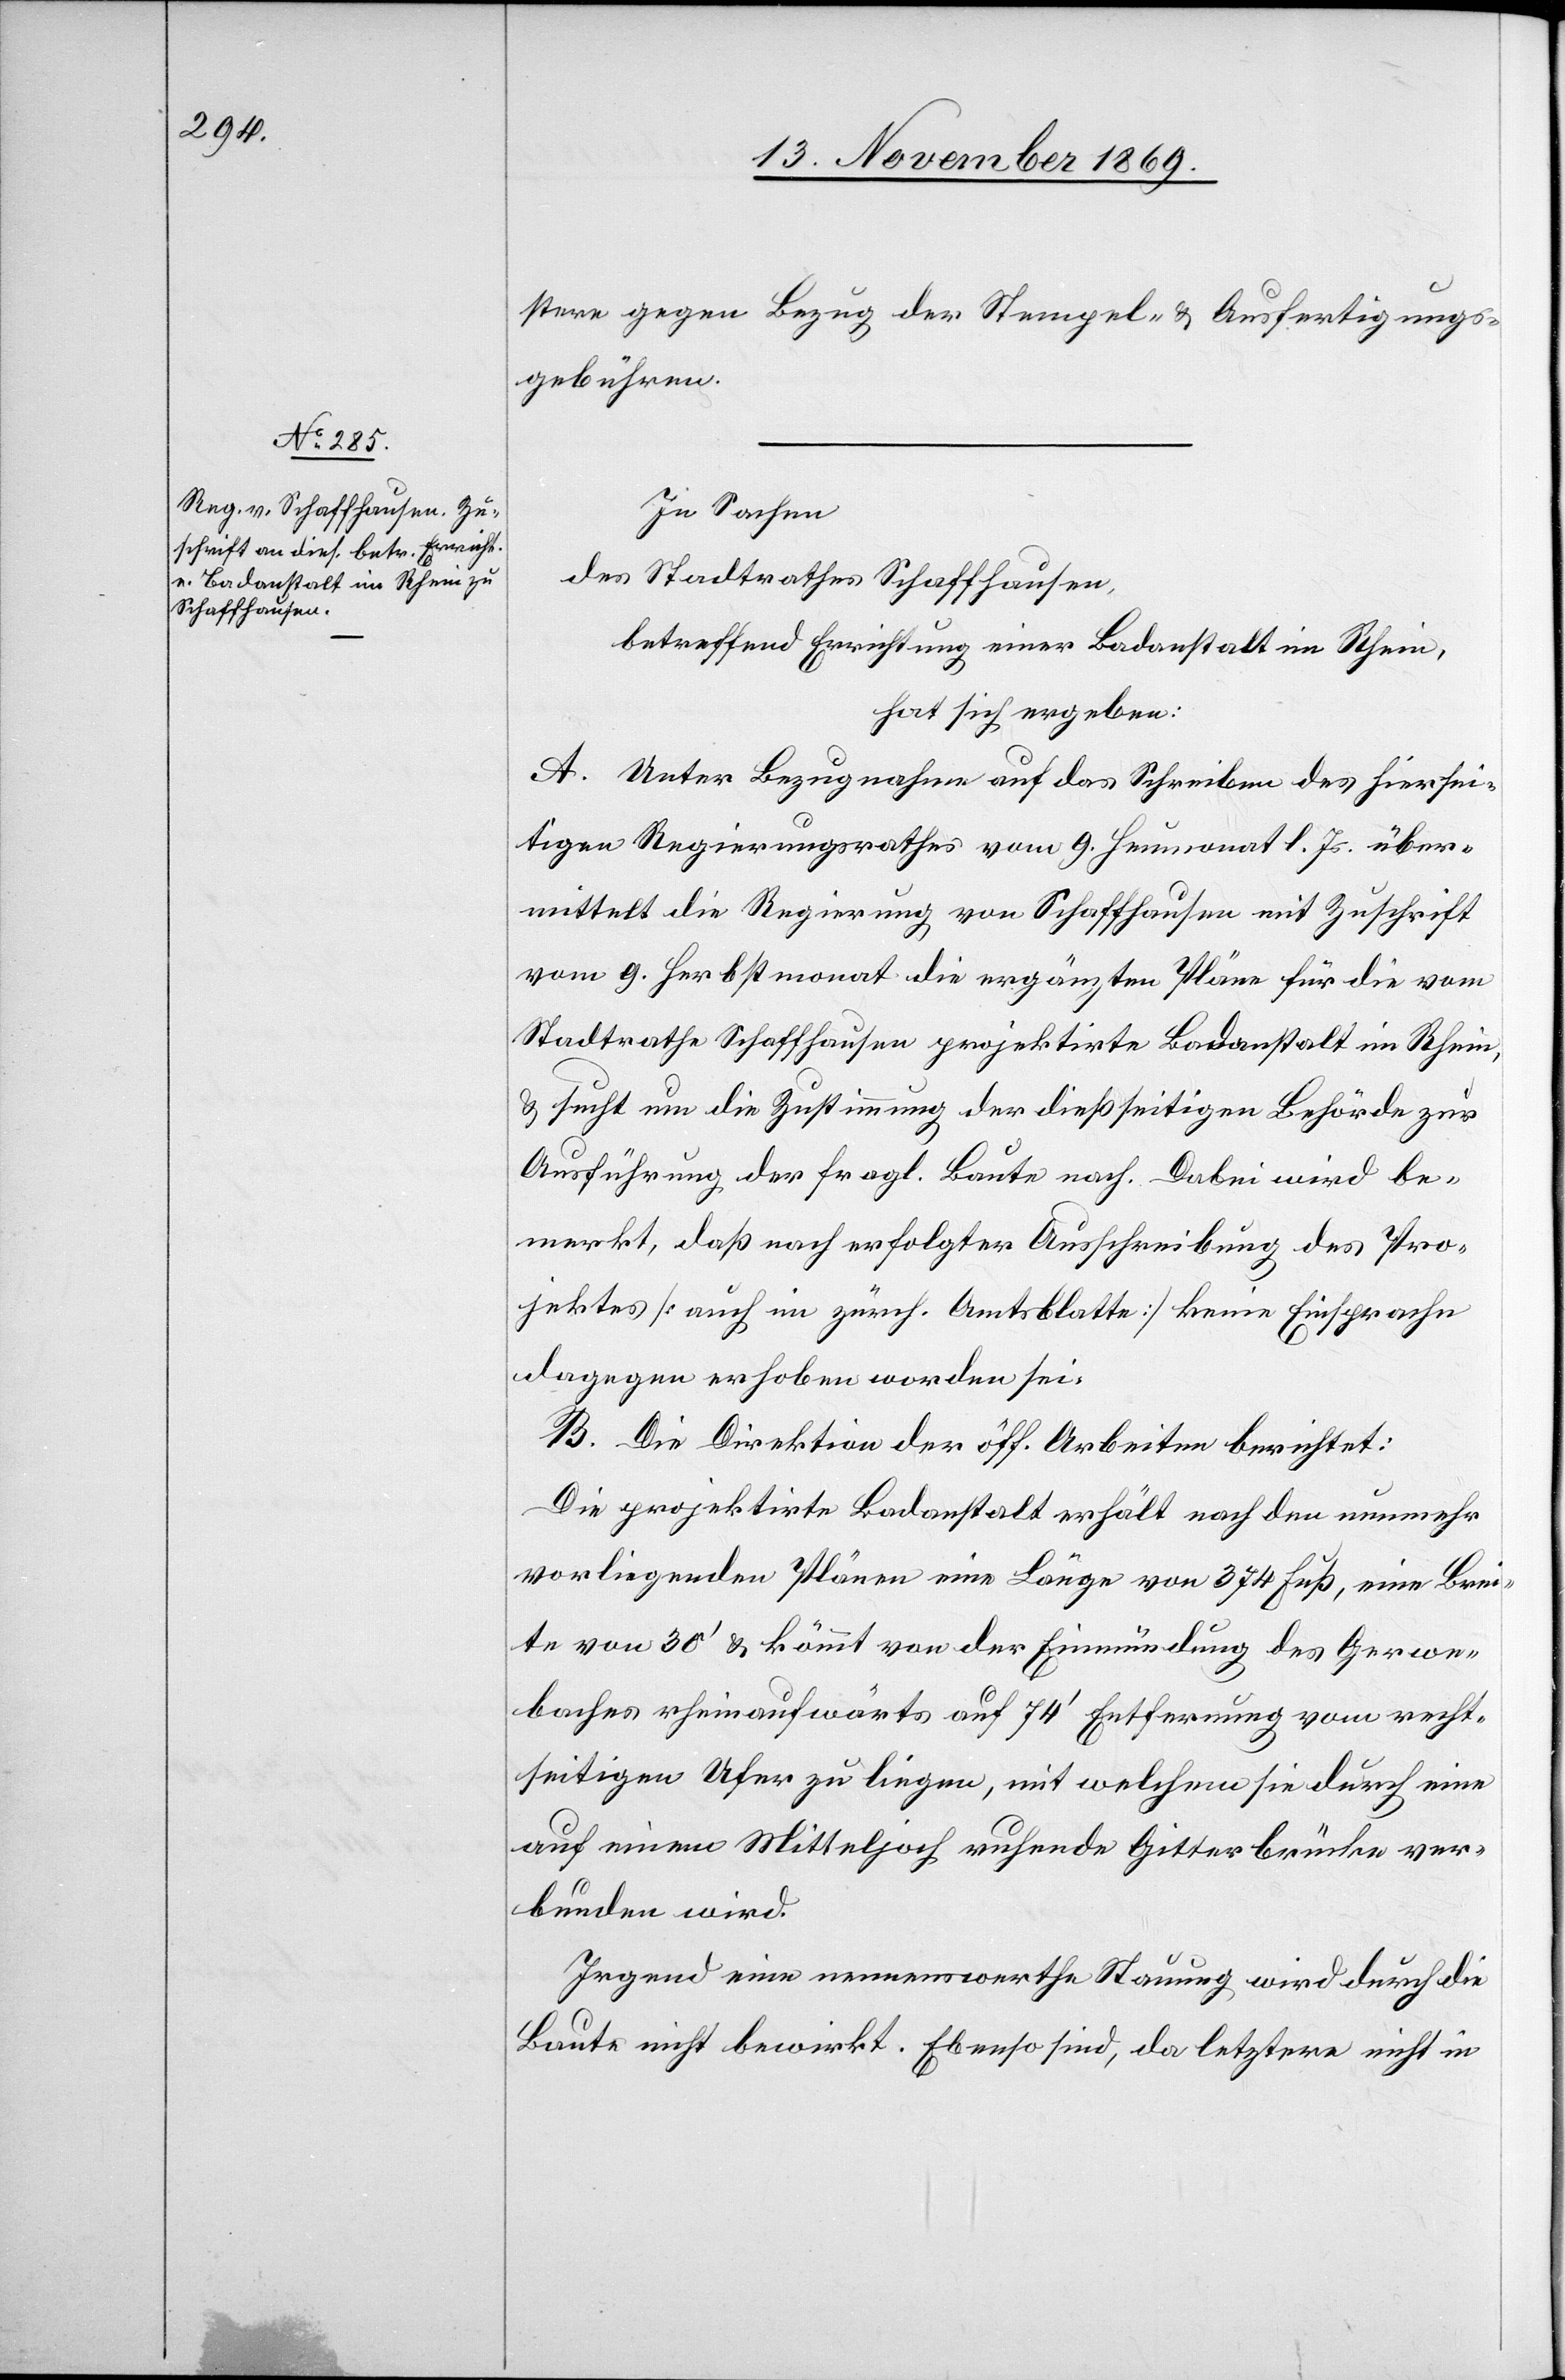
stere gegen Bezug der Stempel- & Ausfertigungs¬
gebühren.
In Sachen
des Stadtrathes Schaffhausen,
betreffend Errichtung einer Badanstalt im Rhein,
hat sich ergeben:
A. Unter Bezugnahme auf das Schreiben des hiersei¬
tigen Regierungsrathes vom 9. Heumonat l. Js. über¬
mittelt die Regierung von Schaffhausen mit Zuschrift
vom 9. Herbstmonat die ergänzten Pläne für die vom
Stadtrathe Schaffhausen projektirte Badanstalt im Rhein,
& sucht um die Zustimmung der dießseitigen Behörde zur
Ausführung der fragl. Baute nach. Dabei wird be¬
merkt, daß nach erfolgter Ausschreibung des Pro¬
jektes [auch im zürch. Amtsblatte] keine Einsprache
dagegen erhoben worden sei.
B. Die Direktion der öff. Arbeiten berichtet:
Die projektirte Badanstalt erhält nach den nunmehr
vorliegenden Plänen eine Länge von 374 Fuß, eine Brei¬
te von 30‘ & kömmt von der Einmündung des Gerwe¬
baches rheinaufwärts auf 74‘ Entfernung vom recht¬
seitigen Ufer zu liegen, mit welchem sie durch eine
auf einem Mitteljoch ruhende Gitterbrücke ver¬
bunden wird.
Irgend eine nennenswerthe Stauung wird durch die
Baute nicht bewirkt. Ebenso sind, da letztere nicht in